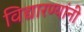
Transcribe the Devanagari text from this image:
विद्यारण्यांनी